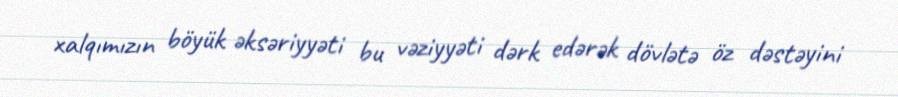
xalqımızın böyük əksəriyyəti bu vəziyyəti dərk edərək dövlətə öz dəstəyini